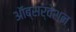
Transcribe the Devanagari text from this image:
ऑब्सर्वेशन